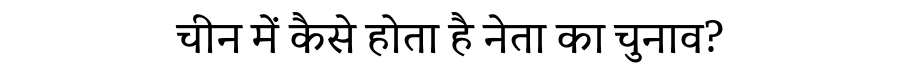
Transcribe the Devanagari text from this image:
चीन में कैसे होता है नेता का चुनाव?